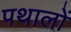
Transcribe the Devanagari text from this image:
पथालों